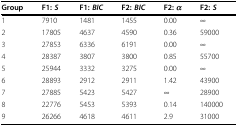
| Group | F1: S | F1: BIC | F2: BIC | F2: α | F2: S |
 | --- | --- | --- | --- | --- | --- |
 | 1 | 7910 | 1481 | 1455 | 0.00 | ∞ |
 | 2 | 17805 | 4637 | 4590 | 0.36 | 59000 |
 | 3 | 27853 | 6336 | 6191 | 0.00 | ∞ |
 | 4 | 28387 | 3807 | 3800 | 0.85 | 55700 |
 | 5 | 25944 | 3332 | 3275 | 0.00 | ∞ |
 | 6 | 28893 | 2912 | 2911 | 1.42 | 43900 |
 | 7 | 27885 | 5423 | 5427 | ∞ | 28900 |
 | 8 | 22776 | 5453 | 5393 | 0.14 | 140000 |
 | 9 | 26266 | 4618 | 4611 | 2.9 | 31000 |